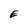
Character: E